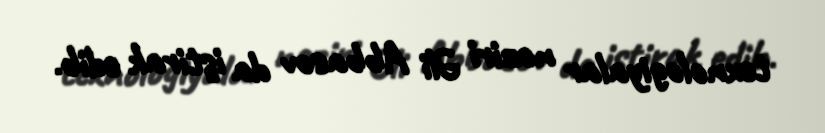
texnologiyalar naziri Əli Abbasov da iştirak edib.